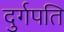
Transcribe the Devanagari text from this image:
दुर्गपति